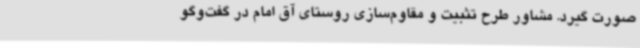
صورت گیرد. مشاور طرح تثبیت و مقاوم‌سازی روستای آق امام در گفت‌وگو